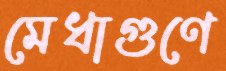
মেধাগুণে